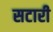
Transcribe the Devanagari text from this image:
सटारी